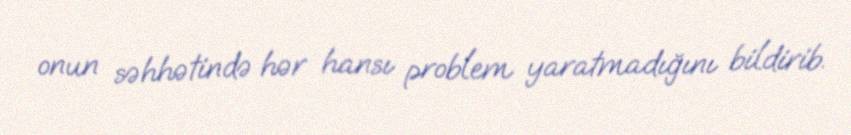
onun səhhətində hər hansı problem yaratmadığını bildirib.